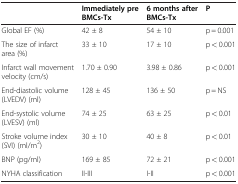
<table><thead><tr><td><b> </b></td><td><b>Immediately pre BMCs-Tx</b></td><td><b>6 months after BMCs-Tx</b></td><td><b>P</b></td></tr></thead><tbody><tr><td>Global EF (%)</td><td>42 ± 8</td><td>54 ± 10</td><td>p = 0.001</td></tr><tr><td>The size of infarct area (%)</td><td>33 ± 10</td><td>17 ± 10</td><td>p &lt; 0.001</td></tr><tr><td>Infarct wall movement velocity (cm/s)</td><td>1.70 ± 0.90</td><td>3.98 ± 0.86</td><td>p &lt; 0.001</td></tr><tr><td>End-diastolic volume (LVEDV) (ml)</td><td>128 ± 45</td><td>136 ± 50</td><td>p = NS</td></tr><tr><td>End-systolic volume (LVESV) (ml)</td><td>74 ± 25</td><td>63 ± 25</td><td>p &lt; 0.01</td></tr><tr><td>Stroke volume index (SVI) (ml/m<sup>2</sup>)</td><td>30 ± 10</td><td>40 ± 8</td><td>p &lt; 0.01</td></tr><tr><td>BNP (pg/ml)</td><td>169 ± 85</td><td>72 ± 21</td><td>p &lt; 0.001</td></tr><tr><td>NYHA classification</td><td>II-III</td><td>I-II</td><td>p &lt; 0.001</td></tr></tbody></table>